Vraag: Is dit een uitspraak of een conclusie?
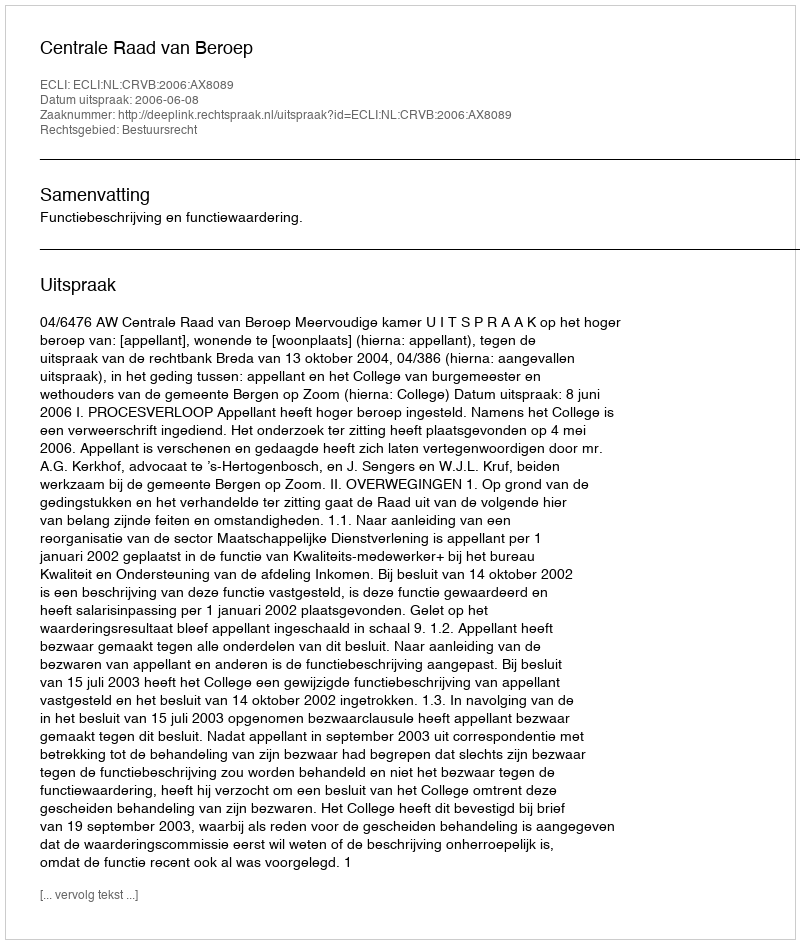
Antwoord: Uitspraak